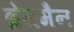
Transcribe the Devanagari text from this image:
ब्रेगमैन